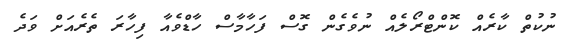
ނުކުތް ކާރެއް ކޮންޓްރޯލެއް ނުވެގެން ގޮސް ފަހާމާސް ހާޑްވެއާ ފިހާރަ ތެރެއަށް ވަދެ